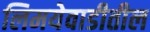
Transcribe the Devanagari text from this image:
लिमयेवाडीतील